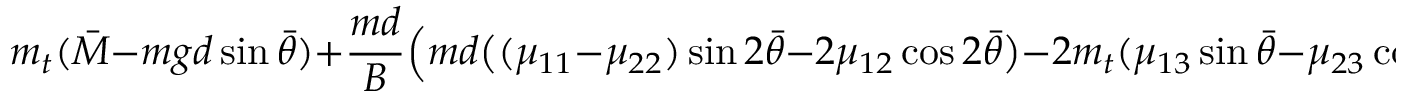
m _ { t } ( \bar { M } - m g d \sin \bar { \theta } ) + \frac { m d } { B } \Big ( m d \big ( ( \mu _ { 1 1 } - \mu _ { 2 2 } ) \sin 2 \bar { \theta } - 2 \mu _ { 1 2 } \cos 2 \bar { \theta } \big ) - 2 m _ { t } ( \mu _ { 1 3 } \sin \bar { \theta } - \mu _ { 2 3 } \cos \bar { \theta } ) \Big ) = 0